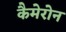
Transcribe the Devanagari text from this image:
कैमेरोन